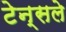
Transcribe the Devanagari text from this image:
टेन्सले